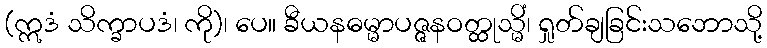
(ဣဒံ သိက္ခာပဒံ၊ ကို)၊ ပေ။ ခီယနဓမ္မာပဇ္ဇနဝတ္ထုသ္မိံ၊ ရှုတ်ချခြင်းသဘောသို့